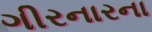
ગીરનારના